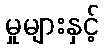
မှုများနှင့်